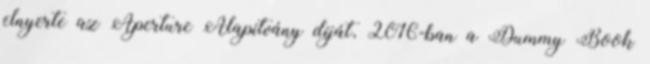
elnyerte az Aperture Alapítvány díját, 2016-ban a Dummy Book